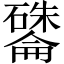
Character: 𪿽